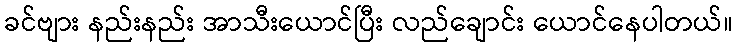
ခင်ဗျား နည်းနည်း အာသီးယောင်ပြီး လည်ချောင်း ယောင်နေပါတယ်။